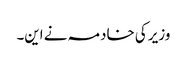
وزیر کی خادمہ نے این۔